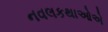
નવલકથાઓએ